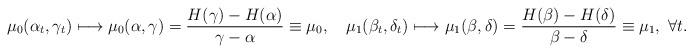
LaTeX: \begin{align*}\mu_0(\alpha_t,\gamma_t)\longmapsto\mu_0(\alpha,\gamma)=\frac{H(\gamma)-H(\alpha)}{\gamma-\alpha}\equiv{\mu}_0,~~~\mu_1(\beta_t,\delta_t)\longmapsto\mu_1(\beta,\delta)=\frac{H(\beta)-H(\delta)}{\beta-\delta}\equiv\mu_1,~\forall{t}.\end{align*}